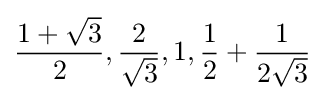
{\frac {1+{\sqrt {3}}}{2}},{\frac {2}{\sqrt {3}}},1,{\frac {1}{2}}+{\frac {1}{2{\sqrt {3}}}}